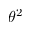
\theta ^ { 2 }